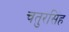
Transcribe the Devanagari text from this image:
चतुरसिंह